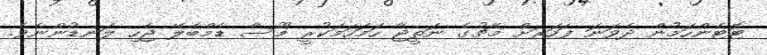
ޓޮޓެންހަމުން ދެވަނަ ފަހަރަށް މެޗުގެ ނަތީޖާ ހަމަހަމަކުރީ މޫސާ ޑެމްބެލޭ ޖެހި ލަނޑުންނެވެ.